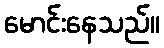
မောင်းနေသည်။